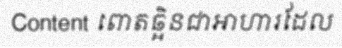
Content ពោតឆ្អិនជាអាហារដែល